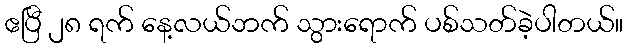
ဧပြီ ၂၈ ရက် နေ့လယ်ဘက် သွားရောက် ပစ်သတ်ခဲ့ပါတယ်။